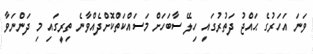
ވަނަ އަހަރުގެ ޙައްޖު ދަތުރުގައި ހިލޭ ސާބަހަށް މަސައްކަތްކޮށްދެއްވާނެ ތިރީގައި މި ދަންނަވާ